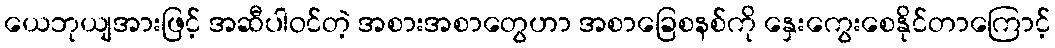
ယေဘုယျအားဖြင့် အဆီပါဝင်တဲ့ အစားအစာတွေဟာ အစာခြေစနစ်ကို နှေးကွေးစေနိုင်တာကြောင့်